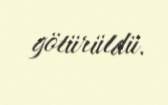
götürüldü.